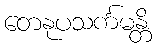
တေနုပသင်္ကမန္တိ